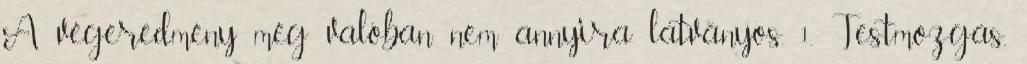
A végeredmény még valóban nem annyira látványos. 1. Testmozgás.